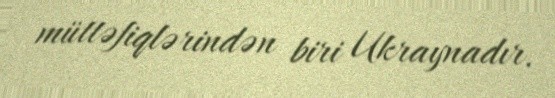
müttəfiqlərindən biri Ukraynadır.